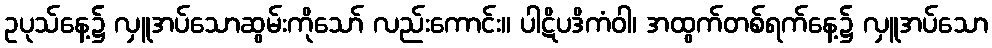
ဥပုသ်နေ့၌ လှူအပ်သောဆွမ်းကိုသော် လည်းကောင်း။ ပါဋိပဒိကံဝါ၊ အထွက်တစ်ရက်နေ့၌ လှူအပ်သော